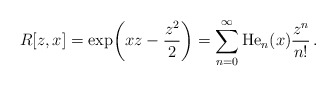
\begin{align*}R[z,x]={\exp}{\left(x z-\frac{z^2}{2}\right)}=\sum\limits_{n=0}^{\infty}\mathrm{He}_n(x)\frac{z^n}{n!}\,.\end{align*}